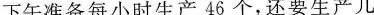
下午准备每小时生产46个，还要生产几小时？